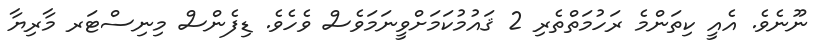
ނޫނެވެ. އެއީ ކިތަންމެ ރަހުމަތްތެރި 2 ޤައުމުކަމަށްވީނަމަވެސް ވެހެވެ. ޑިފެންސް މިނިސްޓަރ މާރިޔާ